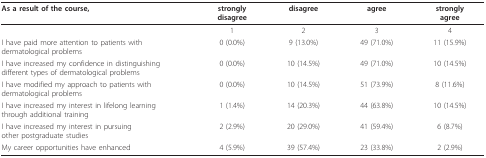
<table><thead><tr><td><b>As a result of the course,</b></td><td><b>stronglydisagree</b></td><td><b>disagree</b></td><td><b>agree</b></td><td><b>stronglyagree</b></td></tr></thead><tbody><tr><td></td><td>1</td><td>2</td><td>3</td><td>4</td></tr><tr><td>I have paid more attention to patients withdermatological problems</td><td>0 (0.0%)</td><td>9 (13.0%)</td><td>49 (71.0%)</td><td>11 (15.9%)</td></tr><tr><td>I have increased my confidence in distinguishingdifferent types of dermatological problems</td><td>0 (0.0%)</td><td>10 (14.5%)</td><td>49 (71.0%)</td><td>10 (14.5%)</td></tr><tr><td>I have modified my approach to patients withdermatological problems</td><td>0 (0.0%)</td><td>10 (14.5%)</td><td>51 (73.9%)</td><td>8 (11.6%)</td></tr><tr><td>I have increased my interest in lifelong learningthrough additional training</td><td>1 (1.4%)</td><td>14 (20.3%)</td><td>44 (63.8%)</td><td>10 (14.5%)</td></tr><tr><td>I have increased my interest in pursuingother postgraduate studies</td><td>2 (2.9%)</td><td>20 (29.0%)</td><td>41 (59.4%)</td><td>6 (8.7%)</td></tr><tr><td>My career opportunities have enhanced</td><td>4 (5.9%)</td><td>39 (57.4%)</td><td>23 (33.8%)</td><td>2 (2.9%)</td></tr></tbody></table>